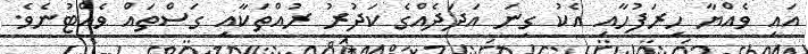
އައި ވެއްޔާ ހިރަފުހާއި އެކު ގިނަ އަދަދެއްގެ ކަދުރު ރުއްތަކާއި ގަސްތައް ވެއްޓުނެވެ.